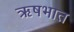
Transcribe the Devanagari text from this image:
ऋषभात